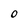
Character: 0